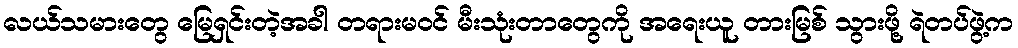
လယ်သမားတွေ မြေရှင်းတဲ့အခါ တရားမဝင် မီးသုံးတာတွေကို အရေးယူ တားမြစ် သွားဖို့ ရဲတပ်ဖွဲ့က